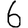
Digit: 6